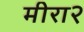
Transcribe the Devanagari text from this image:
मीरा२